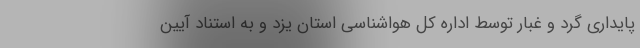
پایداری گرد و غبار توسط اداره کل هواشناسی استان یزد و به استناد آیین